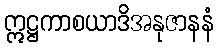
ဣဋ္ဌကာစယာဒိအနုဇာနနံ